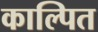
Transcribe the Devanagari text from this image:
काल्पित